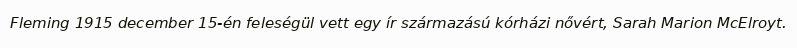
Fleming 1915 december 15-én feleségül vett egy ír származású kórházi nővért, Sarah Marion McElroyt.